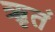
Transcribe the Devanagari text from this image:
ॠतं